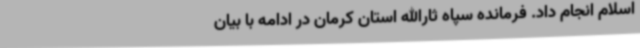
اسلام انجام داد. فرمانده سپاه ثارالله استان کرمان در ادامه با بیان